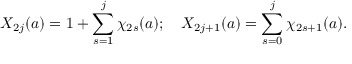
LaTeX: X _ { 2 j } ( a ) = 1 + \sum _ { s = 1 } ^ { j } \chi _ { 2 s } ( a ) ; \quad X _ { 2 j + 1 } ( a ) = \sum _ { s = 0 } ^ { j } \chi _ { 2 s + 1 } ( a ) .